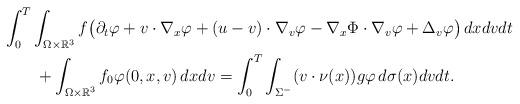
LaTeX: \begin{align*}&\int^{T}_0\int_{\Omega\times\mathbb{R}^3}f\big(\partial_t\varphi+v\cdot\nabla_x\varphi+(u-v)\cdot\nabla_v\varphi-\nabla_x\Phi\cdot\nabla_v\varphi+\Delta_v\varphi\big)\,dxdvdt\\&\qquad+\int_{\Omega\times\mathbb{R}^3}f_0\varphi(0,x,v)\,dxdv=\int_0^T\int_{\Sigma^-}(v\cdot \nu(x))g\varphi\,d\sigma(x)dvdt.\end{align*}